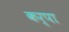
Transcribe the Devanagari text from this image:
कर्पा